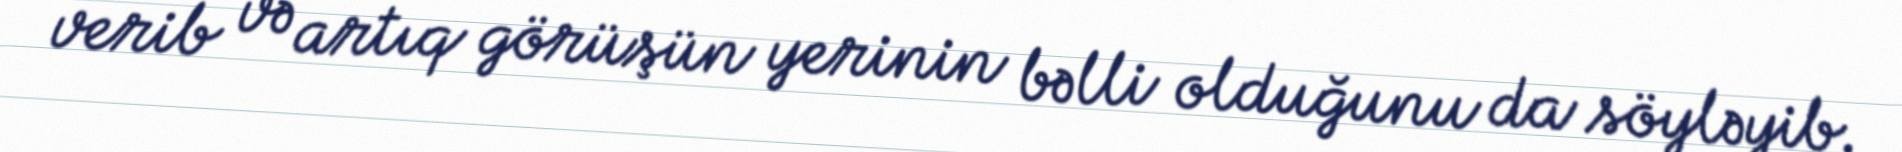
verib və artıq görüşün yerinin bəlli olduğunu da söyləyib.